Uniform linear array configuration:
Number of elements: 12
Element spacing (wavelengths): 0.75
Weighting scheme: hamming
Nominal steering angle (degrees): -30
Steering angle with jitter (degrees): -28.149
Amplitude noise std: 0.05
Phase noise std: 0.05

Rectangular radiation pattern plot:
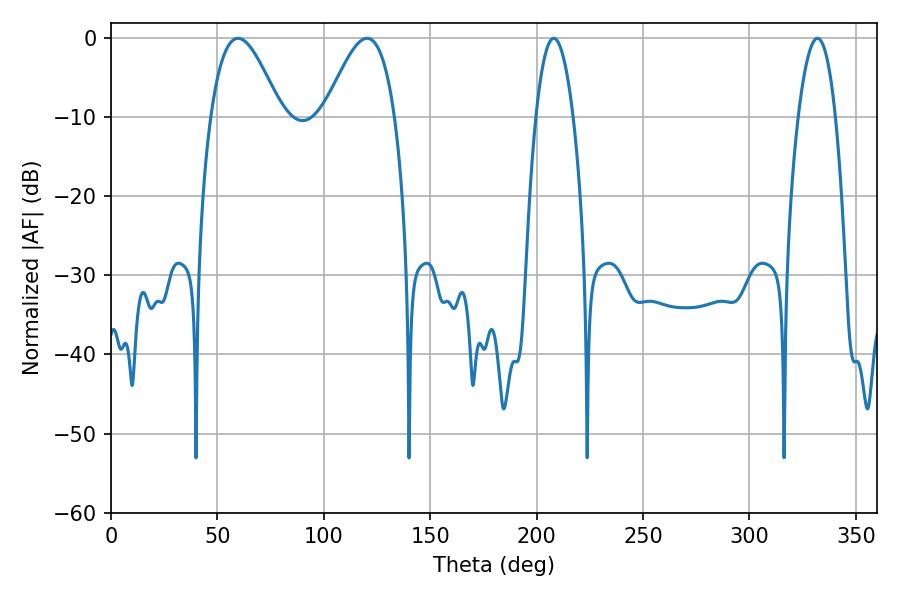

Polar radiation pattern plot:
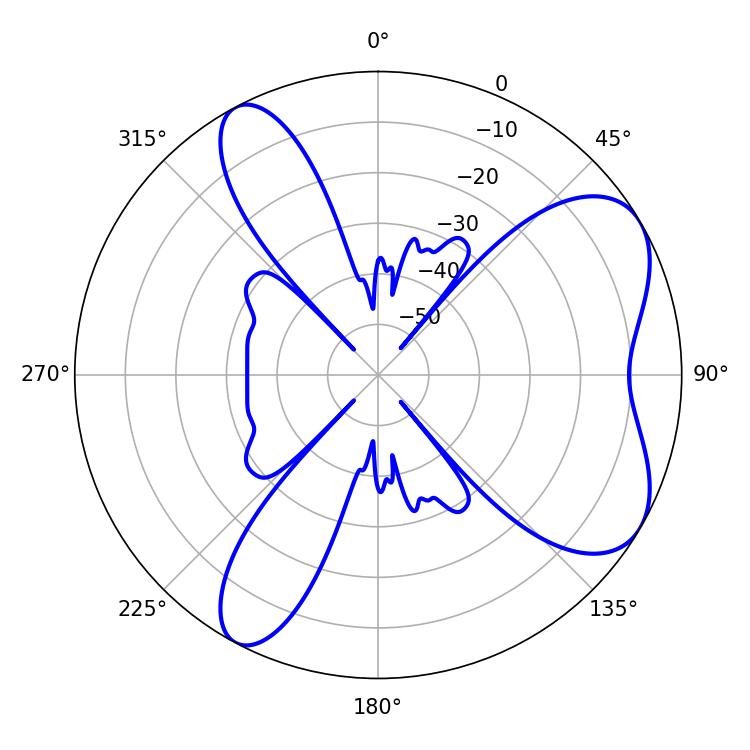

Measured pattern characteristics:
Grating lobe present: TRUE
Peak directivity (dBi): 6.511
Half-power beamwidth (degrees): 9.72
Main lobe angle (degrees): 208.08